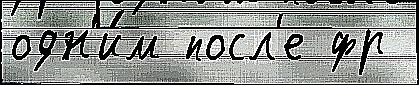
одн'и́м посл'е фр